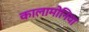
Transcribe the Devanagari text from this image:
कालामोनिया